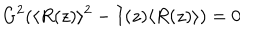
LaTeX: G ^ { 2 } ( \langle R ( z ) \rangle ^ { 2 } - I ( z ) \langle R ( z ) \rangle ) = 0